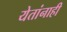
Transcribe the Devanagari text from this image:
येतांनाही